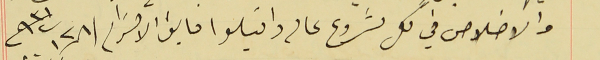
والاخلاص في كل مشروع عالى واقبلوا فايق الاحترام فى ٢٨ اب سنة ٩٣١